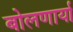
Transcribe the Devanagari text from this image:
बोलणार्या